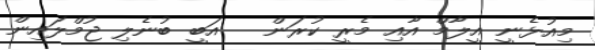
މިއުޅެނީ އީލާމް އާއި މެރީ ކުރަން   އަބީ ބުނެލި ޖުމްލައިން